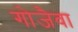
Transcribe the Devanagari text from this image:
गोजैवा